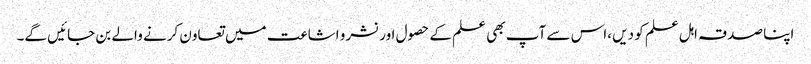
اپنا صدقہ اہل علم کو دیں ،اس سے آپ بھی علم کے حصول اور نشر و اشاعت میں تعاون کرنے والے بن جائیں گے۔